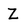
Character: Z